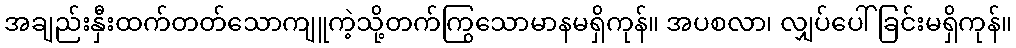
အချည်းနှီးထက်တတ်သောကျူကဲ့သို့တက်ကြွသောမာနမရှိကုန်။ အပစလာ၊ လျှပ်ပေါ်ခြင်းမရှိကုန်။